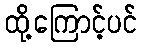
ထို့ကြောင့်ပင်